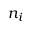
n _ { i }